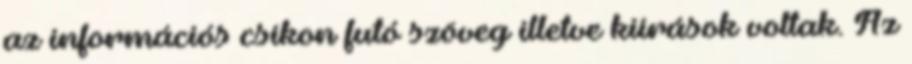
az információs csíkon futó szöveg illetve kiírások voltak. Az